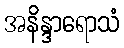
အနိန္ဒာရောသံ